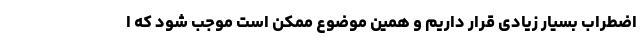
اضطراب بسیار زیادی قرار داریم و همین موضوع ممکن است موجب شود که ا